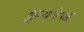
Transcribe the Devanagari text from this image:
कुपरेज